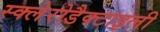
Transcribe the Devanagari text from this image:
स्क्लेरोडैक्टाइली